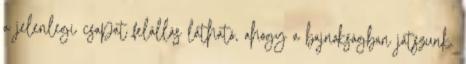
a jelenlegi csapat felállás látható, ahogy a bajnokságban játszunk.